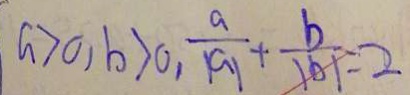
a > 0 , b > 0 , \frac { a } { \vert a \vert } + \frac { b } { \vert b \vert } = 2